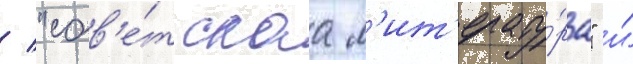
/ "сов'е́тскаа л'ит'ерату́ра" и́